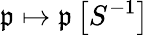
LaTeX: {\mathfrak{p}}\mapsto{\mathfrak{p}}\left[S^{-1}\right]